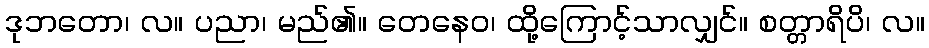
ဒုဘတော၊ လ။ ပညာ၊ မည်၏။ တေနေဝ၊ ထို့ကြောင့်သာလျှင်။ စတ္တာရိပိ၊ လ။